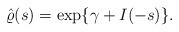
LaTeX: \begin{align*}\hat\varrho(s)=\exp\{\gamma+I(-s)\}.\end{align*}